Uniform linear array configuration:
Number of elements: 4
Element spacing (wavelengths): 0.75
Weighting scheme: uniform
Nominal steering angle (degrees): -30
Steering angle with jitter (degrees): -29.44
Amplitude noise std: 0.05
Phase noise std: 0.05

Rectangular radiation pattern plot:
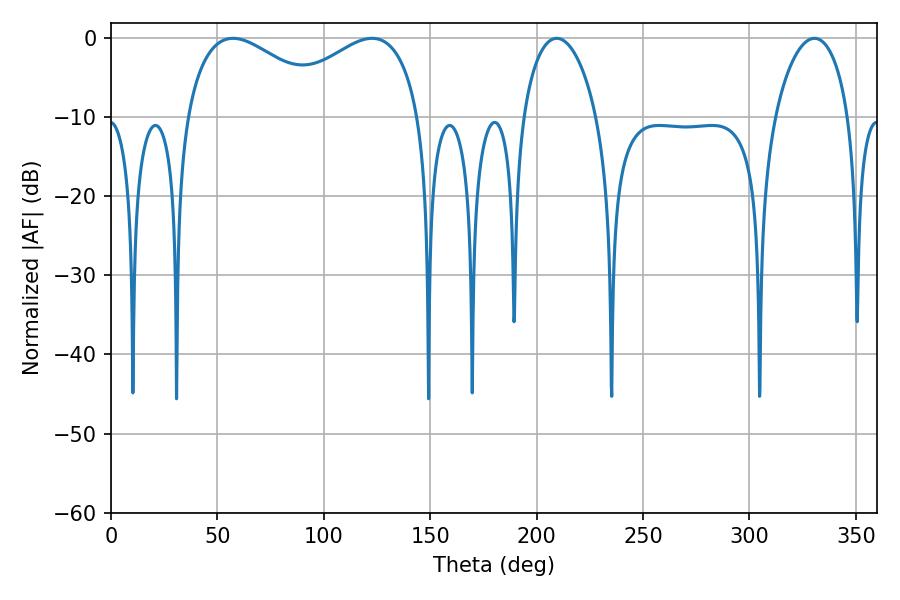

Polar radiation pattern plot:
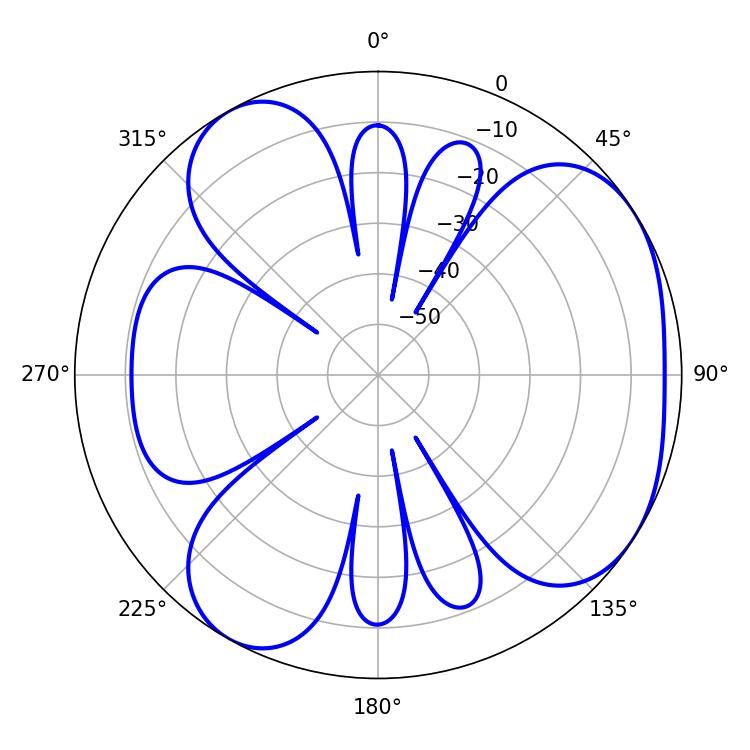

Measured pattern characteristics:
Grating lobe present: TRUE
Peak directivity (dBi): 4.678
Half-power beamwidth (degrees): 38.88
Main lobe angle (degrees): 57.24